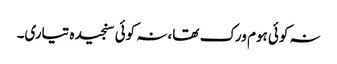
نہ کوئی ہوم ورک تھا، نہ کوئی سنجیدہ تیاری۔